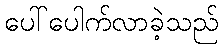
ပေါ်ပေါက်လာခဲ့သည်